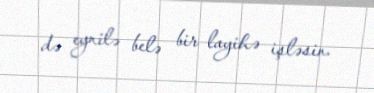
də eynilə belə bir layihə işləsin.